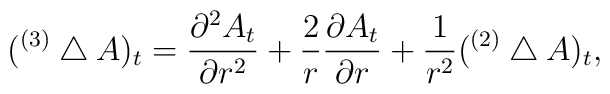
({ }^{(3)}\bigtriangleup A)_{t}={\partial^{2}A_{t} \over\partial r^{2}}+{2\over r}{\partial A_{t}\over \partial r}+{1\over r^{2}} ({ }^{(2)}\bigtriangleup A)_{t} ,